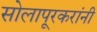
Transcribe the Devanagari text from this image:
सोलापूरकरांनी